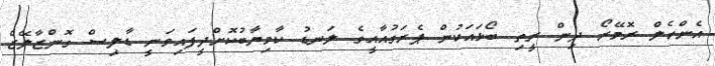
އެންހެލް ރޮމޭރޯ ދިން ރީތި ބޯޅައަކުން ޕެރަގުއާއީގެ ލަނޑު ކާމިޔާބުކޮށްދީފައިވަނީ ޑާލިސް ގޮންޒާލޭޒް